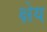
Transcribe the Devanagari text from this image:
क्षेय